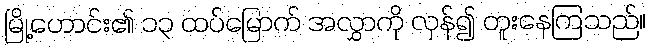
မြို့ဟောင်း၏ ၁၃ ထပ်မြောက် အလွှာကို လှန်၍ တူးနေကြသည်။